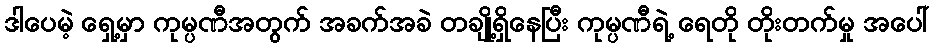
ဒါပေမဲ့ ရှေ့မှာ ကုမ္ပဏီအတွက် အခက်အခဲ တချို့ရှိနေပြီး ကုမ္ပဏီရဲ့ ရေတို တိုးတက်မှု အပေါ်